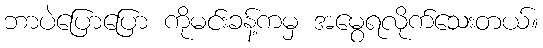
ဘာပဲပြောပြော ကိုမင်းခန့်ကမှ အမွေရလိုက်သေးတယ်။